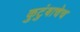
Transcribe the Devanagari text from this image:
कुटुंबाचेच